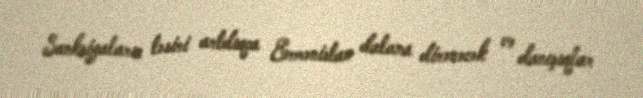
Sanksiyaların təsiri artdıqca Ermənistan dalana dirənəcək və danışıqlar